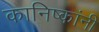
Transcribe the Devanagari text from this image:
कानिष्कांनी